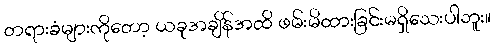
တရားခံများကိုတော့ ယခုအချိန်အထိ ဖမ်းမိထားခြင်းမရှိသေးပါဘူး။